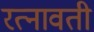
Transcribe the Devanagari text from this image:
रत्नावती